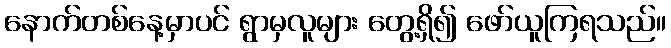
နောက်တစ်နေ့မှာပင် ရွာမှလူများ တွေ့ရှိ၍ ဖော်ယူကြရသည်။